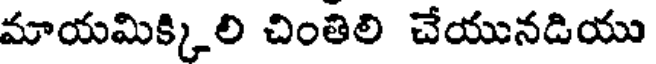
మాయమిక్కిలి చింతిలి చేయునడియు